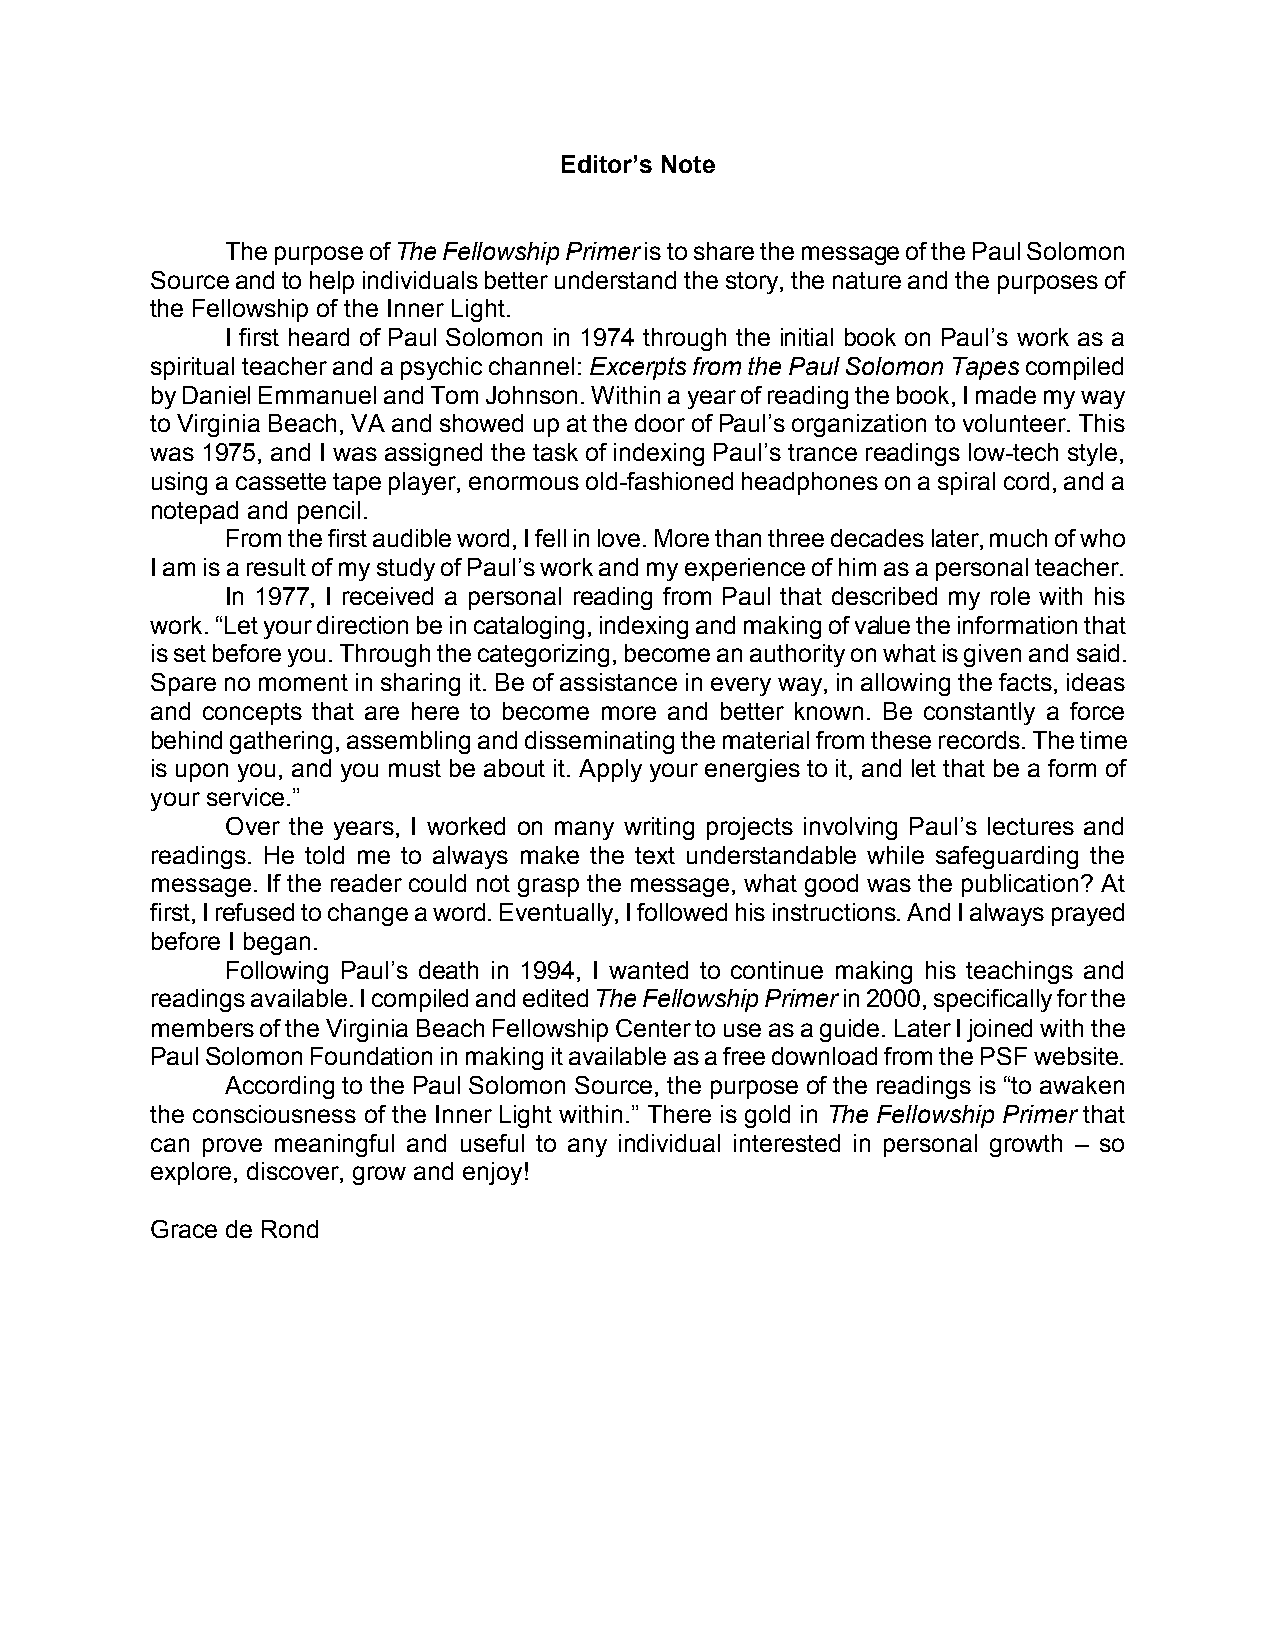
Editor’s Note
 The purpose of The Fellowship Primer is to share the message of the Paul Solomon
 Source and to help individuals better understand the story, the nature and the purposes of
 the Fellowship of the Inner Light.
 I first heard of Paul Solomon in 1974 through the initial book on Paul’s work as a
 spiritual teacher and a psychic channel: Excerpts from the Paul Solomon Tapes compiled
 by Daniel Emmanuel and Tom Johnson. Within a year of reading the book, I made my way
 to Virginia Beach, VA and showed up at the door of Paul’s organization to volunteer. This
 was 1975, and I was assigned the task of indexing Paul’s trance readings low-tech style,
 using a cassette tape player, enormous old-fashioned headphones on a spiral cord, and a
 notepad and pencil.
 From the first audible word, I fell in love. More than three decades later, much of who
 I am is a result of my study of Paul’s work and my experience of him as a personal teacher.
 In 1977, I received a personal reading from Paul that described my role with his
 work. “Let your direction be in cataloging, indexing and making of value the information that
 is set before you. Through the categorizing, become an authority on what is given and said.
 Spare no moment in sharing it. Be of assistance in every way, in allowing the facts, ideas
 and concepts that are here to become more and better known. Be constantly a force
 behind gathering, assembling and disseminating the material from these records. The time
 is upon you, and you must be about it. Apply your energies to it, and let that be a form of
 your service.”
 Over the years, I worked on many writing projects involving Paul’s lectures and
 readings. He told me to always make the text understandable while safeguarding the
 message. If the reader could not grasp the message, what good was the publication? At
 first, I refused to change a word. Eventually, I followed his instructions. And I always prayed
 before I began.
 Following Paul’s death in 1994, I wanted to continue making his teachings and
 readings available. I compiled and edited The Fellowship Primer in 2000, specifically for the
 members of the Virginia Beach Fellowship Center to use as a guide. Later I joined with the
 Paul Solomon Foundation in making it available as a free download from the PSF website.
 According to the Paul Solomon Source, the purpose of the readings is “to awaken
 the consciousness of the Inner Light within.” There is gold in The Fellowship Primer that
 can prove meaningful and useful to any individual interested in personal growth – so
 explore, discover, grow and enjoy!
 Grace de Rond